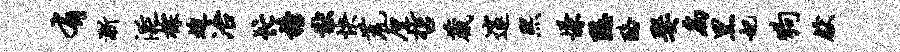
有渐涎棕迫冶忙榜猷快荒厘哲葳邃熙慊隐酪娶扃黑妃狗献